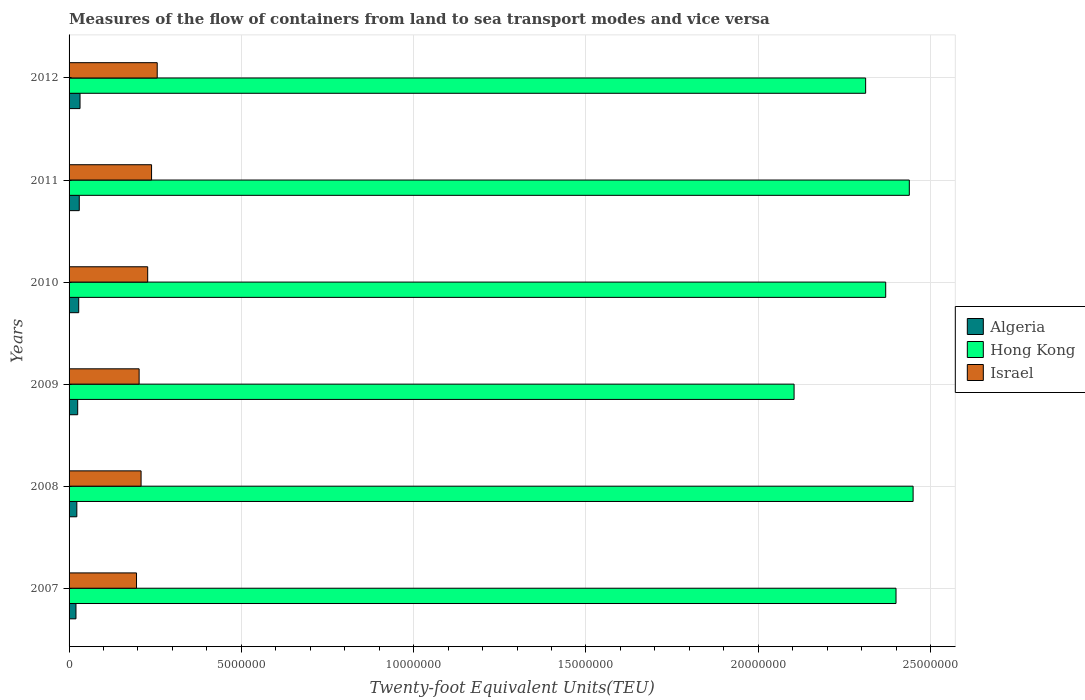
| Years | Algeria | Hong Kong | Israel |
 | --- | --- | --- | --- |
 | 2007 | 2e+05 | 2.4e+07 | 1.96e+06 |
 | 2008 | 2.25e+05 | 2.45e+07 | 2.09e+06 |
 | 2009 | 2.5e+05 | 2.1e+07 | 2.03e+06 |
 | 2010 | 2.8e+05 | 2.37e+07 | 2.28e+06 |
 | 2011 | 2.96e+05 | 2.44e+07 | 2.39e+06 |
 | 2012 | 3.18e+05 | 2.31e+07 | 2.56e+06 |